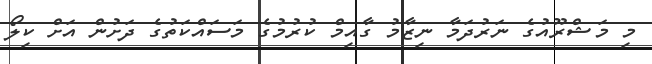
މި މަޝްރޫއުގެ ނަރުދަމާ ނިޒާމު ގާއިމް ކުރުމުގެ މަސައްކަތުގެ ދަށުން އަށް ކިލޯ